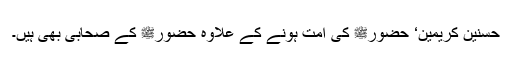
حسنین کریمین‘ حضورﷺ کی امت ہونے کے علاوہ حضورﷺ کے صحابی بھی ہیں۔